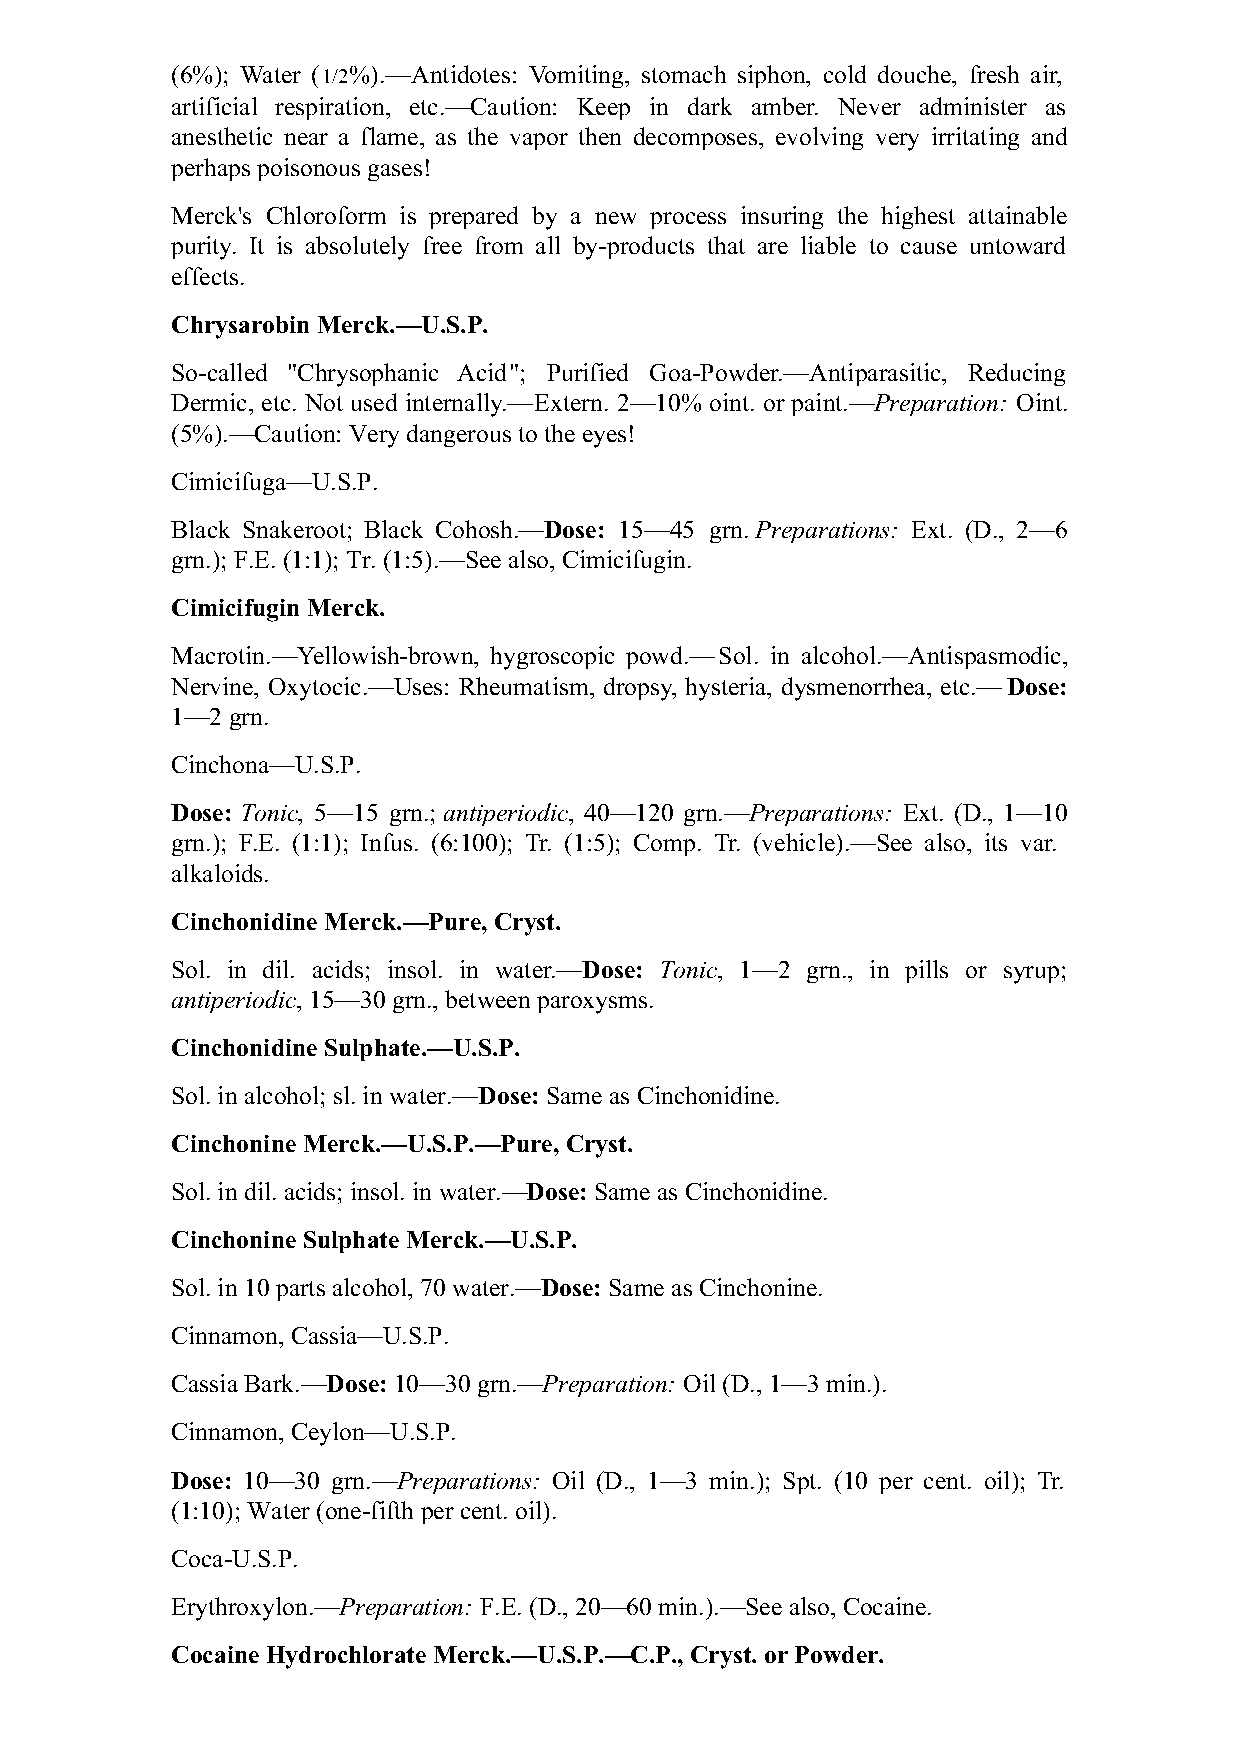
(6%); Water (1/2%).—Antidotes: Vomiting, stomach siphon, cold douche, fresh air,
 artificial respiration, etc.—Caution: Keep in dark amber. Never administer as
 anesthetic near a flame, as the vapor then decomposes, evolving very irritating and
 perhaps poisonous gases!
 Merck's Chloroform is prepared by a new process insuring the highest attainable
 purity. It is absolutely free from all by-products that are liable to cause untoward
 effects.
 Chrysarobin Merck.—U.S.P.
 So-called "Chrysophanic Acid"; Purified Goa-Powder.—Antiparasitic, Reducing
 Dermic, etc. Not used internally.—Extern. 2—10% oint. or paint.—Preparation: Oint.
 (5%).—Caution: Very dangerous to the eyes!
 Cimicifuga—U.S.P.
 Black Snakeroot; Black Cohosh.—Dose: 15—45 grn. Preparations: Ext. (D., 2—6
 grn.); F.E. (1:1); Tr. (1:5).—See also, Cimicifugin.
 Cimicifugin Merck.
 Macrotin.—Yellowish-brown, hygroscopic powd.—Sol. in alcohol.—Antispasmodic,
 Nervine, Oxytocic.—Uses: Rheumatism, dropsy, hysteria, dysmenorrhea, etc.—Dose:
 1—2 grn.
 Cinchona—U.S.P.
 Dose: Tonic, 5—15 grn.; antiperiodic, 40—120 grn.—Preparations: Ext. (D., 1—10
 grn.); F.E. (1:1); Infus. (6:100); Tr. (1:5); Comp. Tr. (vehicle).—See also, its var.
 alkaloids.
 Cinchonidine Merck.—Pure, Cryst.
 Sol. in dil. acids; insol. in water.—Dose: Tonic, 1—2 grn., in pills or syrup;
 antiperiodic, 15—30 grn., between paroxysms.
 Cinchonidine Sulphate.—U.S.P.
 Sol. in alcohol; sl. in water.—Dose: Same as Cinchonidine.
 Cinchonine Merck.—U.S.P.—Pure, Cryst.
 Sol. in dil. acids; insol. in water.—Dose: Same as Cinchonidine.
 Cinchonine Sulphate Merck.—U.S.P.
 Sol. in 10 parts alcohol, 70 water.—Dose: Same as Cinchonine.
 Cinnamon, Cassia—U.S.P.
 Cassia Bark.—Dose: 10—30 grn.—Preparation: Oil (D., 1—3 min.).
 Cinnamon, Ceylon—U.S.P.
 Dose: 10—30 grn.—Preparations: Oil (D., 1—3 min.); Spt. (10 per cent. oil); Tr.
 (1:10); Water (one-fifth per cent. oil).
 Coca-U.S.P.
 Erythroxylon.—Preparation: F.E. (D., 20—60 min.).—See also, Cocaine.
 Cocaine Hydrochlorate Merck.—U.S.P.—C.P., Cryst. or Powder.